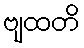
ဗျထတိ